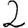
Digit: 2